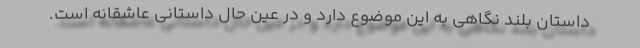
داستان بلند نگاهی به این موضوع دارد و در عین حال داستانی عاشقانه است.